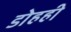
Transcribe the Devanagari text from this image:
डोहही